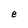
Character: e